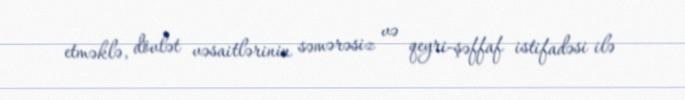
etməklə, dövlət vəsaitlərinin səmərəsiz və qeyri-şəffaf istifadəsi ilə